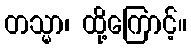
တသ္မာ၊ ထို့ကြောင့်။